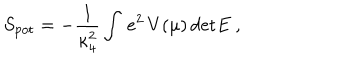
S _ { \mathrm { p o t } } = - { \frac { 1 } { \kappa _ { 4 } ^ { 2 } } } \int \, e ^ { 2 } \, V ( \mu ) \, \mathrm { d e t } E ~ ,